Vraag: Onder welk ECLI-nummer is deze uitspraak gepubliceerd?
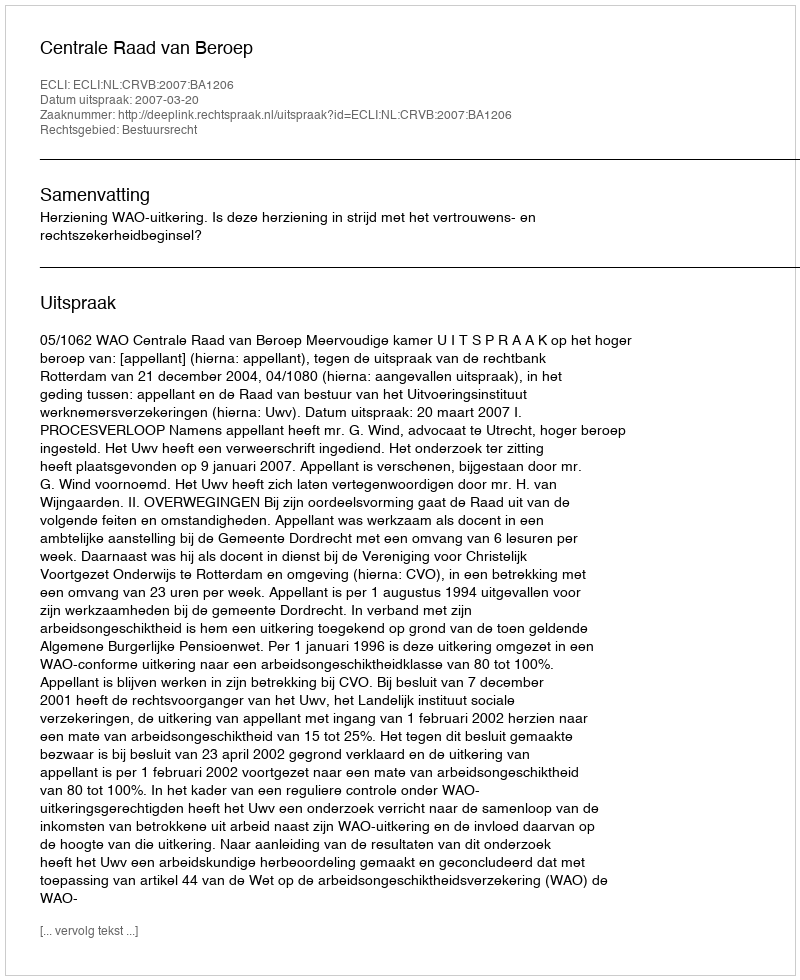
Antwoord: ECLI:NL:CRVB:2007:BA1206